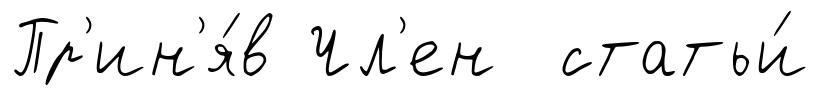
Пр'ин'я́в Чл'ен статьи́